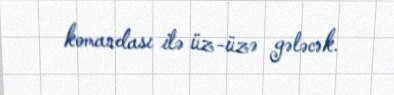
komandası ilə üz-üzə gələcək.